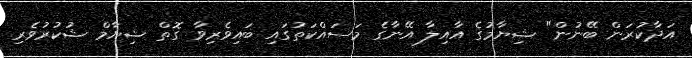
އަދާކުރަން ބޭނުން" ޝިޔާމުގެ އާއިލާ އޭނާގެ މަސައްކަތުގައި ބައިވެރިވާ ގޮތް ޝިޔާމް ޝުކުރުވެރި